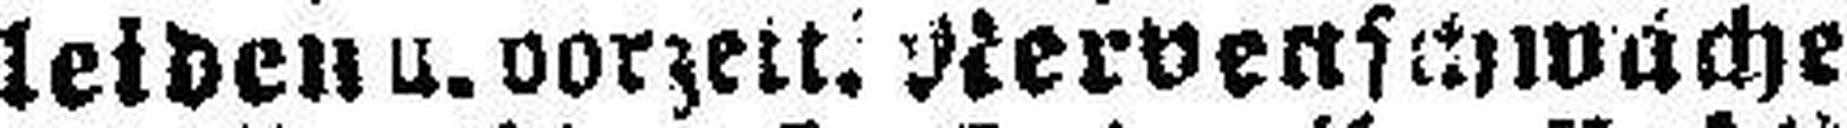
leiden u. vorze###. Nervenschwache